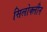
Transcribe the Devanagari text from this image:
सिलोक्लीन